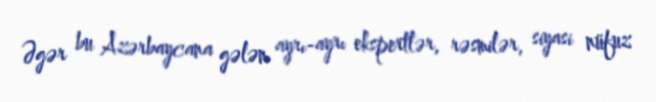
Əgər bu Azərbaycana gələn ayrı-ayrı ekspertlər, rəsmilər, siyasi nüfuz